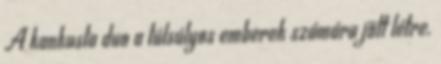
A kankusta duo a túlsúlyos emberek számára jött létre.